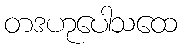
တဒဟုပေါသထေ